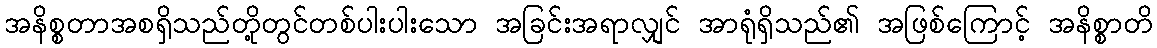
အနိစ္စတာအစရှိသည်တို့တွင်တစ်ပါးပါးသော အခြင်းအရာလျှင် အာရုံရှိသည်၏ အဖြစ်ကြောင့် အနိစ္စာတိ